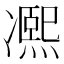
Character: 𠘕